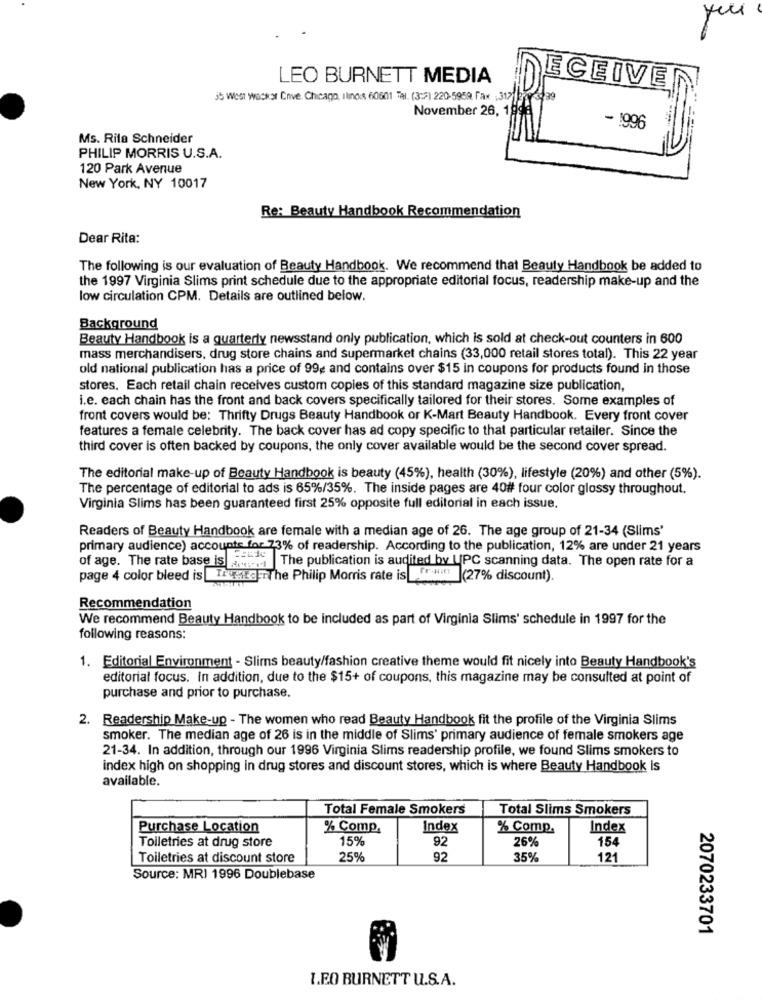
LEO BURNETT MEDIA
ECEIVE
35 West wacker Chive. Chicago, illinois 60601 Tal. (3:2) 220-5959, Fax : 317
November 26, 19
- 1996
Ms. Rita Schneider
PHILIP MORRIS U.S.A.
120 Park Avenue
New York, NY 10017
Re: Beauty Handbook Recommendation
Dear Rita:
The following is our evaluation of Beauty Handbook. We recommend that Beauty Handbook be added to
the 1997 Virginia Slims print schedule due to the appropriate editorial focus, readership make-up and the
low circulation CPM. Details are outlined below.
Background
Beauty Handbook is a quarterly newsstand only publication, which is sold at check-out counters in 600
mass merchandisers, drug store chains and supermarket chains (33,000 retail stores total). This 22 year
old national publication has a price of 994 and contains over $15 in coupons for products found in those
stores. Each retail chain receives custom copies of this standard magazine size publication,
i.e. each chain has the front and back covers specifically tailored for their stores. Some examples of
front covers would be: Thrifty Drugs Beauty Handbook or K-Mart Beauty Handbook. Every front cover
features a female celebrity. The back cover has ad copy specific to that particular retailer. Since the
third cover is often backed by coupons, the only cover available would be the second cover spread.
The editorial make-up of Beauty Handbook is beauty (45%), health (30%), lifestyle (20%) and other (5%).
The percentage of editorial to ads is 65%/35%. The inside pages are 40# four color glossy throughout.
Virginia Slims has been guaranteed first 25% opposite full editorial in each issue.
Readers of Beauty Handbook are female with a median age of 26. The age group of 21-34 (Slims'
primary audience) accounts for 73% of readership. According to the publication, 12% are under 21 years
of age. The rate base is , The publication is audited by UPC scanning data. The open rate for a
page 4 color bleed is ITEgerThe Philip Morris rate is
fr- (27% discount).
Recommendation
We recommend Beauty Handbook to be included as part of Virginia Slims' schedule in 1997 for the
following reasons:
1. Editorial Environment - Slims beauty/fashion creative theme would fit nicely into Beauty Handbook's
editorial focus. In addition, due to the $15+ of coupons, this magazine may be consulted at point of
purchase and prior to purchase.
2. Readership Make-up - The women who read Beauty Handbook fit the profile of the Virginia Slims
smoker. The median age of 26 is in the middle of Slims' primary audience of female smokers age
21-34. In addition, through our 1996 Virginia Slims readership profile, we found Slims smokers to
index high on shopping in drug stores and discount stores, which is where Beauty Handbook Is
available.
Total Female Smokers
Total Slims Smokers
Purchase Location
% Comp.
Index
% Comp.
Index
15%
92
26%
154
Toiletries at drug store
Toiletries at discount store
25%
92
35%
121
Source: MRI 1996 Doublebase
2070233701
I.E.O BURNETT U.S.A.